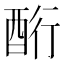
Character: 𮠧